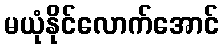
မယုံနိုင်လောက်အောင်